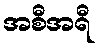
အစီအရီ